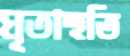
ঘৃতাহুতি